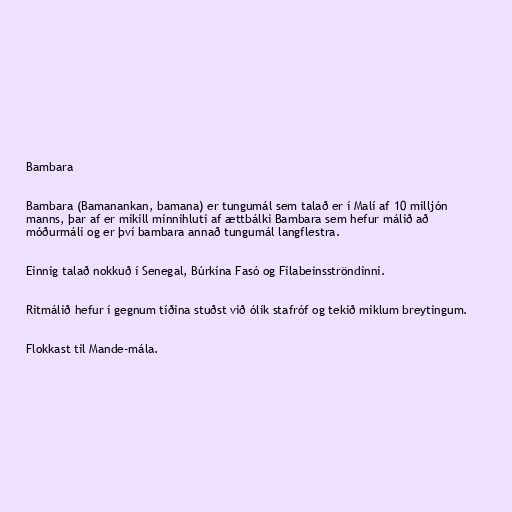
Bambara

Bambara (Bamanankan, bamana) er tungumál sem talað er í Malí af 10 milljón
manns, þar af er mikill minnihluti af ættbálki Bambara sem hefur málið að
móðurmáli og er því bambara annað tungumál langflestra.

Einnig talað nokkuð í Senegal, Búrkína Fasó og Fílabeinsströndinni.

Ritmálið hefur í gegnum tíðina stuðst við ólík stafróf og tekið miklum breytingum.

Flokkast til Mande-mála.